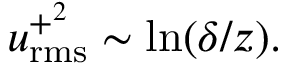
u _ { \mathrm { r m s } } ^ { + ^ { 2 } } \sim \ln ( \delta / z ) .